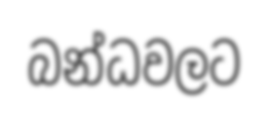
බන්ධවලට